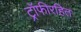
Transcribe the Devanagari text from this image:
ट्रॉफीरहित